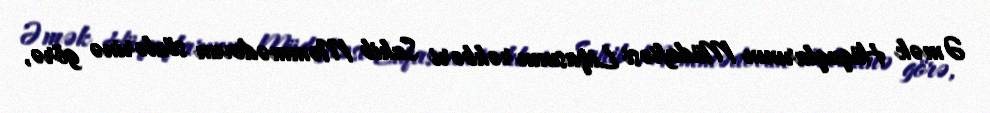
Əmək Hüquqlarının Müdafiəsi Liqasının rəhbəri Sahib Məmmədovun sözlərinə görə,